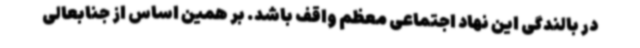
در بالندگی این نهاد اجتماعی معظم واقف باشد. بر همین اساس از جنابعالی